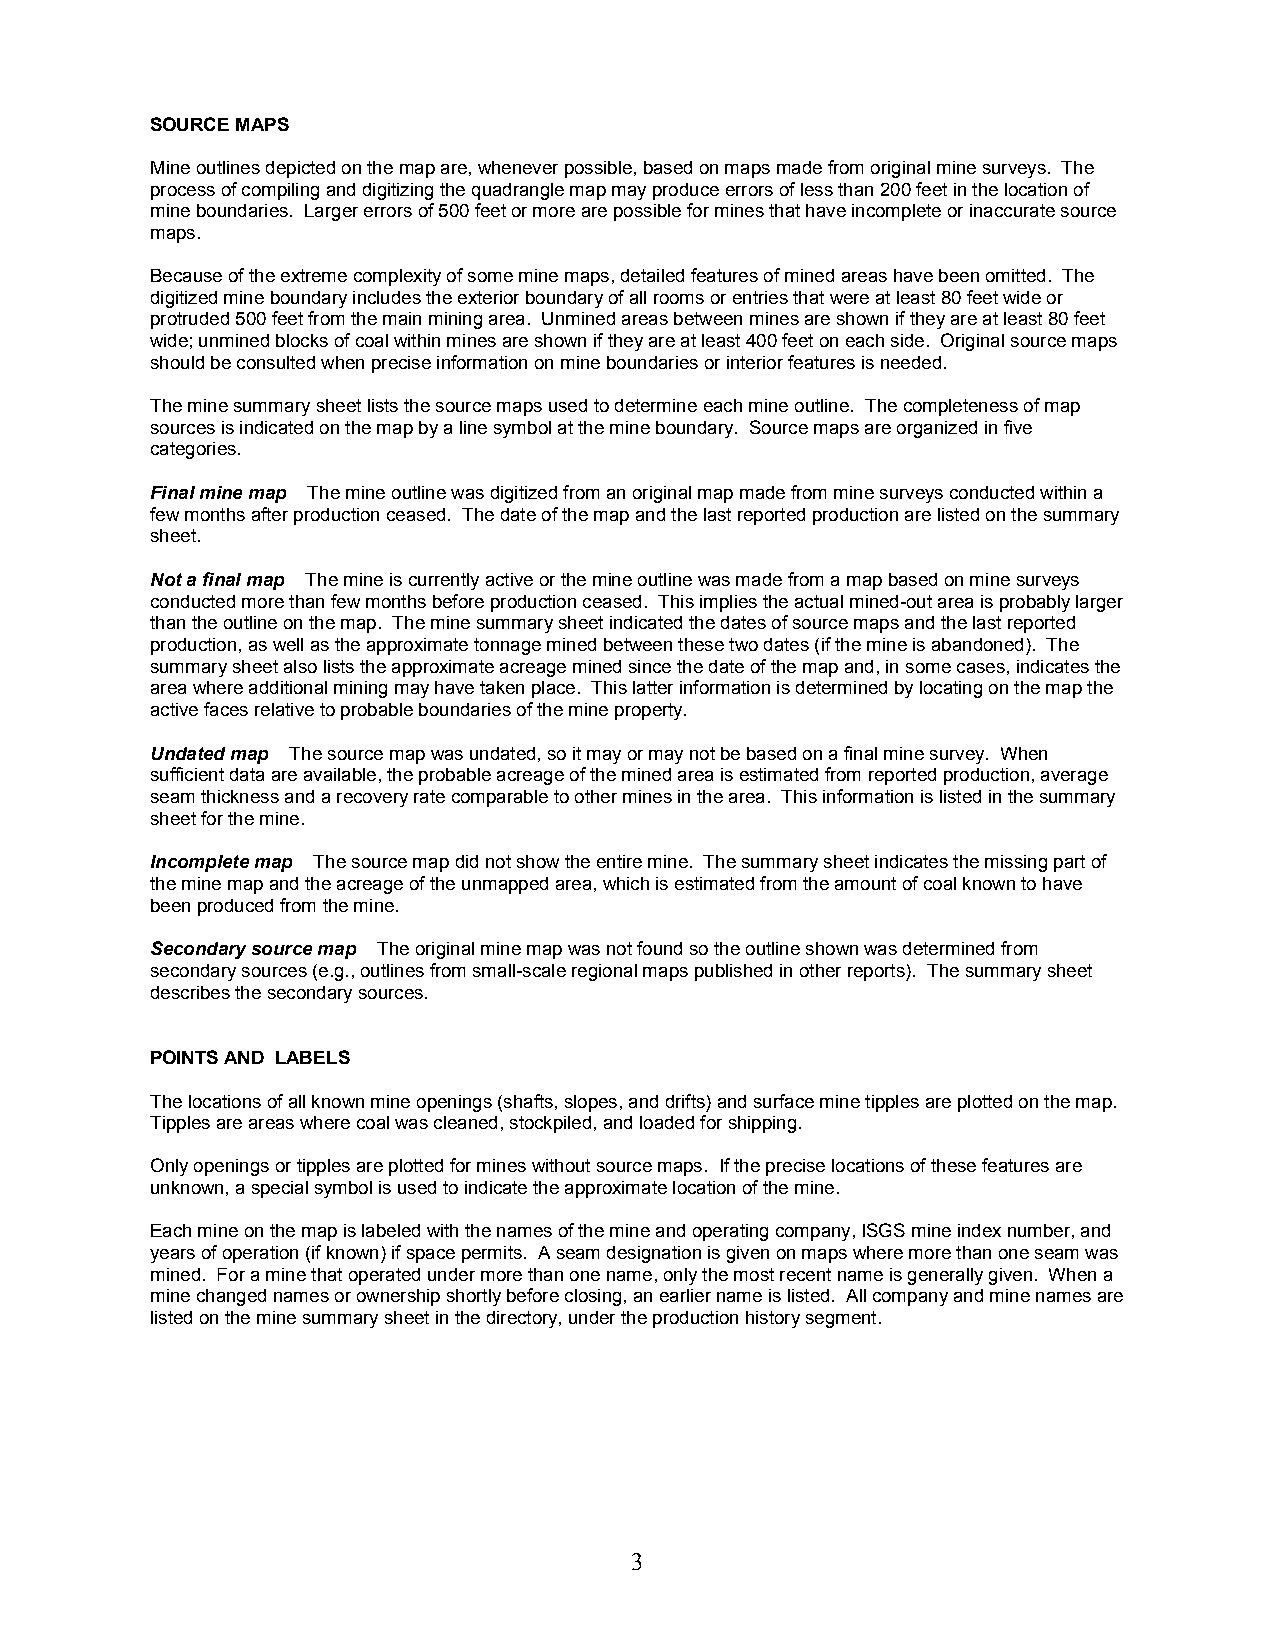
SOURCE MAPS
 Mine outlines depicted on the map are, whenever possible, based on maps made from original mine surveys. The
 process of compiling and digitizing the quadrangle map may produce errors of less than 200 feet in the location of
 mine boundaries. Larger errors of 500 feet or more are possible for mines that have incomplete or inaccurate source
 maps.
 Because of the extreme complexity of some mine maps, detailed features of mined areas have been omitted. The
 digitized mine boundary includes the exterior boundary of all rooms or entries that were at least 80 feet wide or
 protruded 500 feet from the main mining area. Unmined areas between mines are shown if they are at least 80 feet
 wide; unmined blocks of coal within mines are shown if they are at least 400 feet on each side. Original source maps
 should be consulted when precise information on mine boundaries or interior features is needed.
 The mine summary sheet lists the source maps used to determine each mine outline. The completeness of map
 sources is indicated on the map by a line symbol at the mine boundary. Source maps are organized in five
 categories.
 Final mine map The mine outline was digitized from an original map made from mine surveys conducted within a
 few months after production ceased. The date of the map and the last reported production are listed on the summary
 sheet.
 Not a final map The mine is currently active or the mine outline was made from a map based on mine surveys
 conducted more than few months before production ceased. This implies the actual mined-out area is probably larger
 than the outline on the map. The mine summary sheet indicated the dates of source maps and the last reported
 production, as well as the approximate tonnage mined between these two dates (if the mine is abandoned). The
 summary sheet also lists the approximate acreage mined since the date of the map and, in some cases, indicates the
 area where additional mining may have taken place. This latter information is determined by locating on the map the
 active faces relative to probable boundaries of the mine property.
 Undated map The source map was undated, so it may or may not be based on a final mine survey. When
 sufficient data are available, the probable acreage of the mined area is estimated from reported production, average
 seam thickness and a recovery rate comparable to other mines in the area. This information is listed in the summary
 sheet for the mine.
 Incomplete map The source map did not show the entire mine. The summary sheet indicates the missing part of
 the mine map and the acreage of the unmapped area, which is estimated from the amount of coal known to have
 been produced from the mine.
 Secondary source map The original mine map was not found so the outline shown was determined from
 secondary sources (e.g., outlines from small-scale regional maps published in other reports). The summary sheet
 describes the secondary sources.
 POINTS AND LABELS
 The locations of all known mine openings (shafts, slopes, and drifts) and surface mine tipples are plotted on the map.
 Tipples are areas where coal was cleaned, stockpiled, and loaded for shipping.
 Only openings or tipples are plotted for mines without source maps. If the precise locations of these features are
 unknown, a special symbol is used to indicate the approximate location of the mine.
 Each mine on the map is labeled with the names of the mine and operating company, ISGS mine index number, and
 years of operation (if known) if space permits. A seam designation is given on maps where more than one seam was
 mined. For a mine that operated under more than one name, only the most recent name is generally given. When a
 mine changed names or ownership shortly before closing, an earlier name is listed. All company and mine names are
 listed on the mine summary sheet in the directory, under the production history segment.
 3